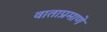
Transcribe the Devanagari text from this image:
वाताप्रमाणे